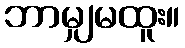
ဘာမျှမထူး။